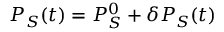
P _ { S } ( t ) = P _ { S } ^ { 0 } + \delta P _ { S } ( t )